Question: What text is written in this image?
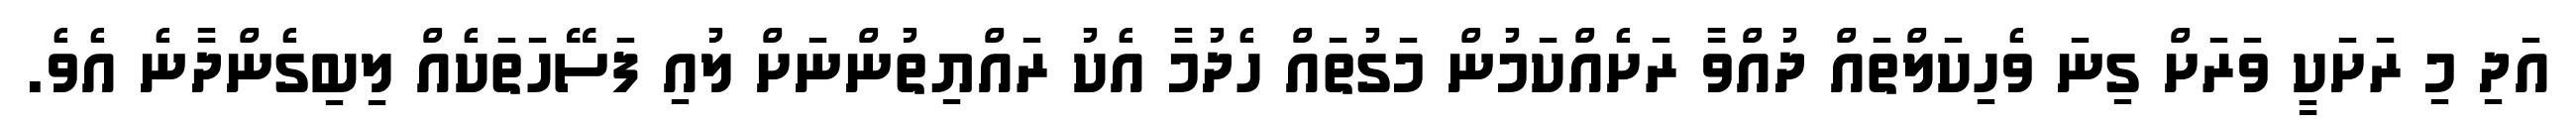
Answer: އަދި މި ރަށަކީ ވަރަށް ގިނަ ވެހިކަލްތައް ދުއްވާ ރަށެއްކަމުން މަގުތައް ހެދުމާ އެކު ރައްޔިތުންނަށް ލުއި ފަސޭހަތަކެއް ލިބިގެންދާނެ އެވެ.